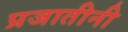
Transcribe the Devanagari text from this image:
प्रजातीनी